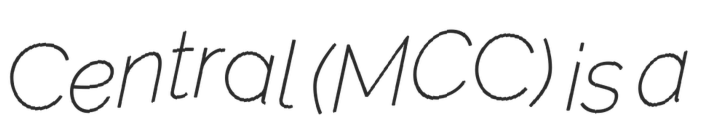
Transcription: Central (MCC) is a